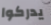
يدركوا